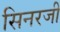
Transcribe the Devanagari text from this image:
सिनरजी